Report on the cholera epidemic of
Year: 1868
Disease focus: Cholera
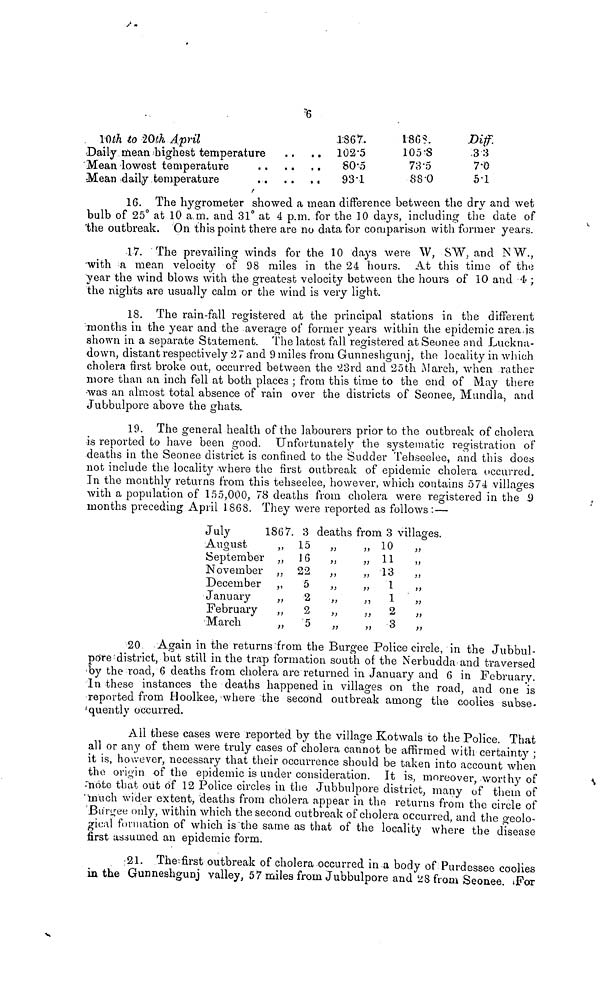
6
10th to 20th April
Daily mean highest temperature ..
Mean lowest temperature .. ..
Mean daily temperature .. ..
1:867.
..
102
. 5
.. 80
. 5
.. 93 . 1
1868.
105
. 8
73
·
δ
88
. 0
Diff.
33
7
. 0
5
. 1
16. The hygrometer showed a mean difference between the dry and wet
bulb of 25° at 10 a.m. and 31° at 4 p.m. for the 10 days, including the date of
the outbreak. On this point there are no data for comparison with former years.
17. The prevailing winds for the 10 days were W, SW, and NW.,
with a mean velocity of 98 miles in the 24 hours. At this time of the
year the wind blows with the greatest velocity between the hours of 10 and 4« ;
the nights are usually calm or the wind is very light.
18. The rain-fall registered at the principal stations in the different
months in the year and the average of former years within the epidemic area is
shown in a separate Statement. The latest fall registered at Seonee and Luckna-
down, distant respectively 27 and 9 miles from Gunneshgunj, the locality in which
cholera first broke out, occurred between the 23rd and 25th March, when rather
more than an inch fell at both places ; from this time to the end of May there
was an almost total absence of rain over the districts of Seonee, Mundla, and
Jubbulpore above the ghats.
19. The general health of the labourers prior to the outbreak of cholera
is reported to have been good. Unfortunately the systematic registration of
deaths in the Seonee district is confined to the Sudder Tehseelee, and this does
not include the locality where the first outbreak of epidemic cholera occurred.
In the monthly returns from this tehseelee, however, which contains 574 villages
with a population of 155,000, 78 deaths from cholera were registered in the 9
months preceding April 1868. They were reported as follows : —
July
August
September
November
December
January
February
March
1867.
,,
,,
,,
,,
,,
,,
3
15
16
22
5
2
2
5
deaths from 3 villages.
,,
,,
,,
,,
,,
,,
,,
,,
,,
,,
,,
,,
10
11
1
1
2
3
,,
,,
,,
20 Again in the returns from the Burgee Police circle, in the Jubbul-
pore district, but still in the trap formation south of the Nerbudda and traversed
by the road, 6 deaths from cholera are returned in January and 6 in February.
In these instances the deaths happened in villages on the road, and one is
reported from Hoolkee, where the second outbreak among the coolies subse-
quently occurred.
All these cases were reported by the village Kotwals to the Police. That
all or any of them were truly cases of cholera cannot be affirmed with certainty ;
it is, however, necessary that their occurrence should be taken into account when
the origin of the epidemic is under consideration. It is, moreover, worthy of
note that out of 12 Police circles in the Jubbulpore district, many of them of
"much wider extent, deaths from cholera appear in the returns from the circle of
Burgee only, within which the second outbreak of cholera occurred, and the geolo-
gical formation of which is the same as that of the locality where the disease
first assumed an epidemic form.
21. The first outbreak of cholera occurred in a body of Purdessee coolies
in the Gunneshgunj valley, 57 miles from Jubbulpore and 28 from Seonee. For